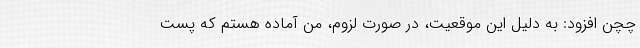
چچن افزود: به دلیل این موقعیت، در صورت لزوم، من آماده هستم که پست